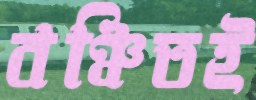
বঞ্চিতই